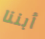
أبننا